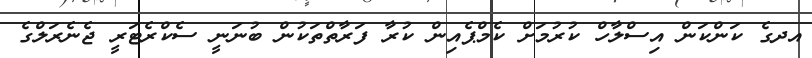
އދގެ ކަންކަން އިސްލާހް ކުރުމަށް ކެމްޕެއިން ކުރާ ފަރާތްތަކުން ބުނަނީ ސެކްރެޓަރީ ޖެނެރަލްގެ